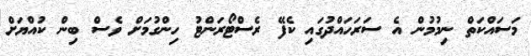
މަސައްކަތް ނިމުމުން އެ ސަރަހައްދުގައި ކެފޭ ރެސްޓޯރަންޓު ހިންގުމަށް ވެސް ބިން ކުއްޔަށް